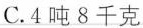
C.4吨8千克